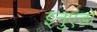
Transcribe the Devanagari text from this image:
इनुएंडो